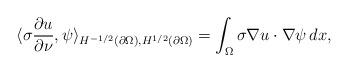
LaTeX: \begin{align*}\langle \sigma\frac{\partial u}{\partial \nu}, \psi \rangle_{H^{-1/2}(\partial \Omega),H^{1/2}(\partial \Omega)} = \int_{\Omega} \sigma \nabla u \cdot \nabla \psi \,dx,\end{align*}